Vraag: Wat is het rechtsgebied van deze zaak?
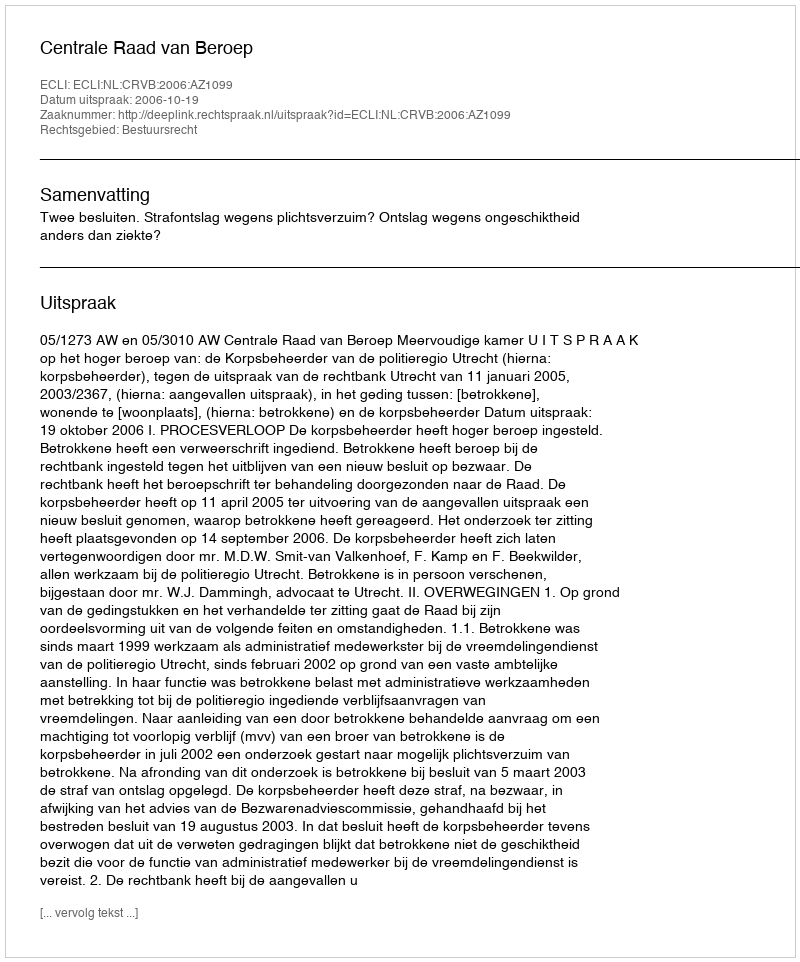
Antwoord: Bestuursrecht